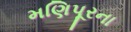
મણિપૂરના